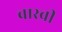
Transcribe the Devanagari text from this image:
वास्वी